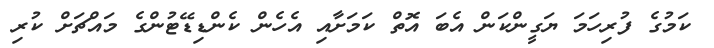
ކަމުގެ ފުރިހަމަ ޔަގީންކަން އެބަ އޮތް ކަމަށާއި އެހެން ކެންޑިޑޭޓުންގެ މައްޗަށް ކުރި